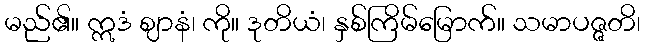
မည်၏။ ဣဒံ ဈာနံ၊ ကို။ ဒုတိယံ၊ နှစ်ကြိမ်မြောက်။ သမာပဇ္ဇတိ၊